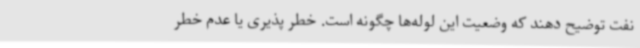
نفت توضیح دهند که وضعیت این لوله‌ها چگونه است. خطر پذیری یا عدم خطر